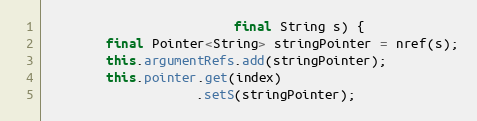
Language: Java
                         final String s) {
        final Pointer<String> stringPointer = nref(s);
        this.argumentRefs.add(stringPointer);
        this.pointer.get(index)
                    .setS(stringPointer);